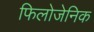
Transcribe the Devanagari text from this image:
फिलोजेनिक